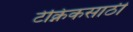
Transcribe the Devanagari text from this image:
टेक्निकसाठी